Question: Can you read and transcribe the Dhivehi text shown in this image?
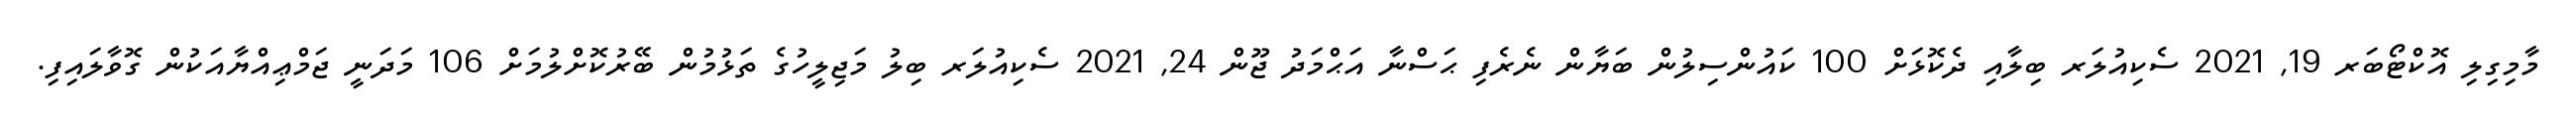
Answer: މާމިގިލި އޮކްޓޯބަރ 19, 2021 ސެކިއުލަރ ބިލާއި ދެކޮޅަށް 100 ކައުންސިލުން ބަޔާން ނެރެފި ޙަސްނާ އަޙްމަދު ޖޫން 24, 2021 ސެކިއުލަރ ބިލު މަޖިލީހުގެ ތަޅުމުން ބޭރުކޮށްލުމަށް 106 މަދަނީ ޖަމްޢިއްޔާއަކުން ގޮވާލައިފި.